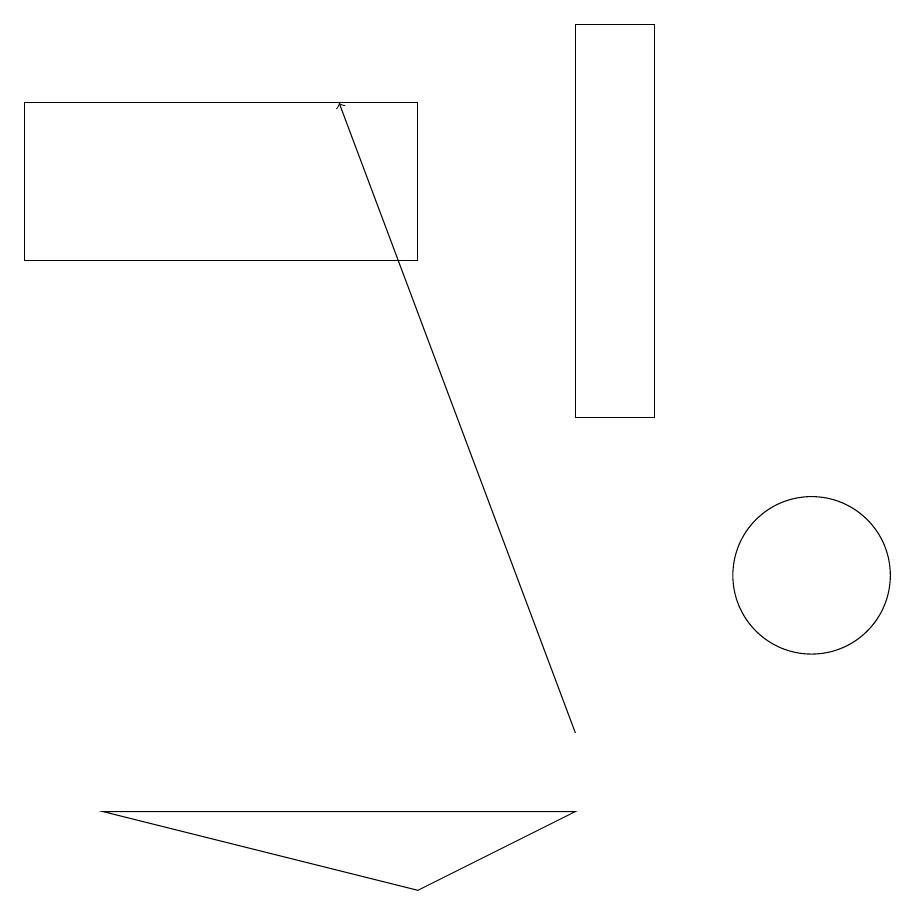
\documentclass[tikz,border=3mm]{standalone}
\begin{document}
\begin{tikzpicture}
\draw (1,16) rectangle (6,18);
\draw[->] (8,10) -- (5,18);
\draw (9,14) rectangle (8,19);
\draw (8,9) -- (2,9) -- (6,8) -- cycle;
\draw (11,12) circle (1);
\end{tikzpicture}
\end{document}